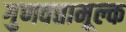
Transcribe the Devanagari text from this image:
गुणवत्तामूल्क